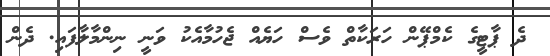
ދެ ޕާޓީގެ ކެމްޕޭން ހަރަކާތް ވެސް ހަޔެއް ޖެހުމާއެކު ވަނީ ނިންމާލާފައި. ދެން